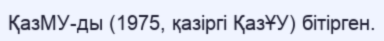
ҚазМУ-ды (1975, қазіргі ҚазҰУ) бітірген.